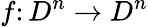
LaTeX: f\colon D^{n}\to D^{n}